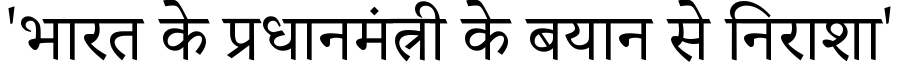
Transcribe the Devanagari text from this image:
'भारत के प्रधानमंत्री के बयान से निराशा'